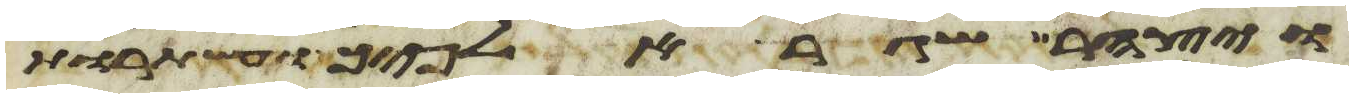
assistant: ויצהר שגר אלפיך ועשתרות